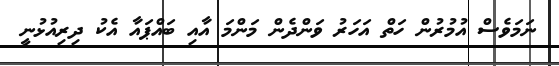
ނަމަވެސް އުމުރުން ހަތް އަހަރު ވަންދެން މަންމަ އާއި ބައްޕައާ އެކު ދިރިއުޅުނީ